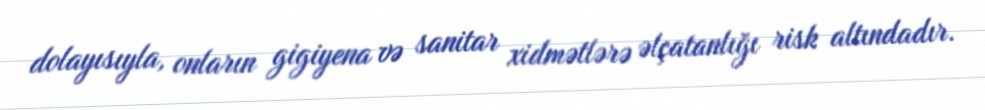
dolayısıyla, onların gigiyena və sanitar xidmətlərə əlçatanlığı risk altındadır.